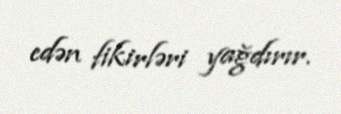
edən fikirləri yağdırır.